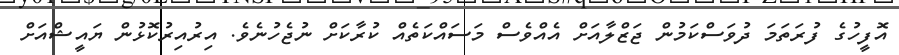
އޮފީހުގެ ފުރަތަމަ ދުވަސްކަމުން ޖަޒްލާއަށް އެއްވެސް މަސައްކަތެއް ކުރާކަށް ނުޖެހުނެވެ. އިރުއިރުކޮޅުން ޔައީޝްއަށް